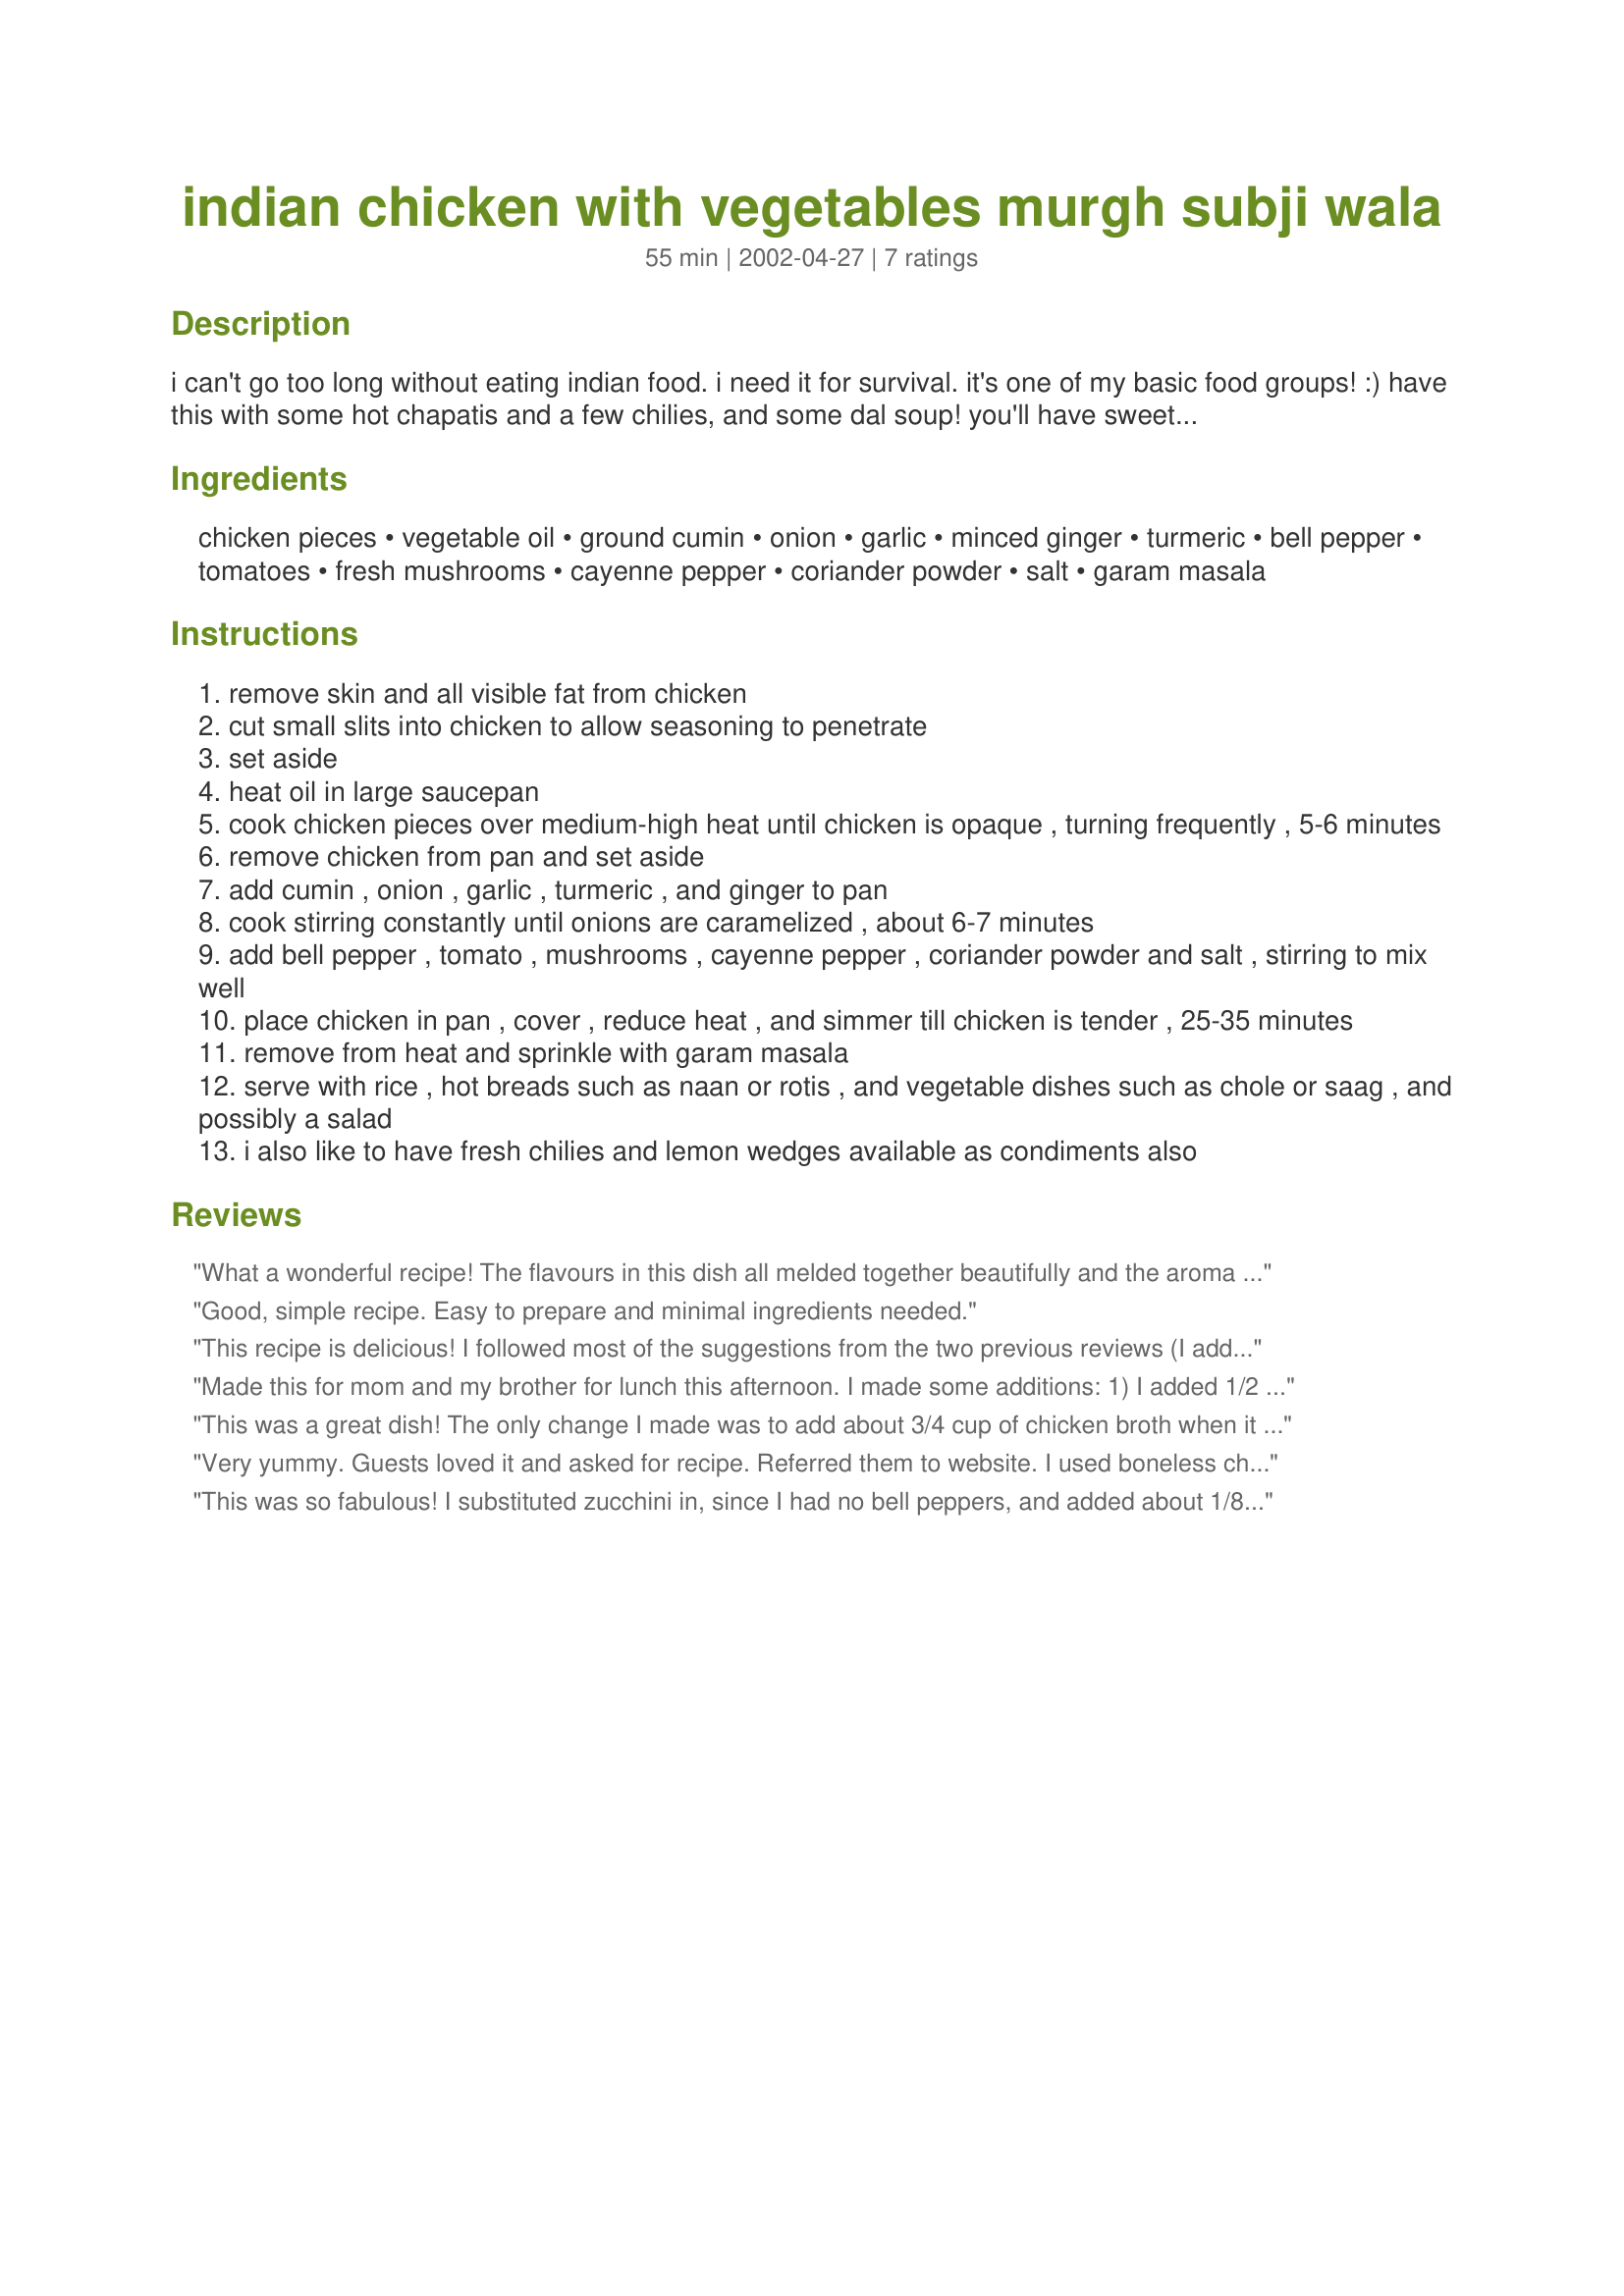
indian chicken with vegetables murgh subji wala
Preparation time: 55 minutes

i can't go too long without eating indian food. i need it for survival. it's one of my basic food groups! :) have this with some hot chapatis and a few chilies, and some dal soup! you'll have sweet dreams that night.

Ingredients:
chicken pieces, vegetable oil, ground cumin, onion, garlic, minced ginger, turmeric, bell pepper, tomatoes, fresh mushrooms, cayenne pepper, coriander powder, salt, garam masala

Steps:
remove skin and all visible fat from chicken
cut small slits into chicken to allow seasoning to penetrate
set aside
heat oil in large saucepan
cook chicken pieces over medium-high heat until chicken is opaque , turning frequently , 5-6 minutes
remove chicken from pan and set aside
add cumin , onion , garlic , turmeric , and ginger to pan
cook stirring constantly until onions are caramelized , about 6-7 minutes
add bell pepper , tomato , mushrooms , cayenne pepper , coriander powder and salt , stirring to mix well
place chicken in pan , cover , reduce heat , and simmer till chicken is tender , 25-35 minutes
remove from heat and sprinkle with garam masala
serve with rice , hot breads such as naan or rotis , and vegetable dishes such as chole or saag , and possibly a salad
i also like to have fresh chilies and lemon wedges available as condiments also

Reviews:
What a wonderful recipe! The flavours in this dish all melded together beautifully and the aroma is intoxicating.The only thing I did differently was to sprinkle the garam masala in with the other spices and add some chicken broth to make it more saucey.This was thoroughly enjoyed by everyone at the table and two of my guests even asked for the recipe.
Good, simple recipe. Easy to prepare and minimal ingredients needed.
This recipe is delicious! I followed most of the suggestions from the two previous reviews (I added 1/2 tsp more tumeric powder, 1 more tomato, as well as the chili powder. I browned the chicken in step #2 and yes, it did stick to the pan but so what! I added water in step 6 so all the stuff that stuck to the pan came off and blended with the veggies. Oh, and I also added the garam marsala with the other spices in step #5.) Next time I will double the onions, peppers, mushrooms and tomatoes bec most of the wonderful flavor of the spices could be tasted in the vegetables, not the chicken. Truly this is an extremely flavorful dish and I really can't wait to try it again. Thanks so much Sue L!
Made this for mom and my brother for lunch this afternoon. I made some additions: 1) I added 1/2 tsp. more of turmeric powder, 2) 1 more tomato, 3) Substituted the cayenne pepper with 1/4 tsp. black pepper as I didn't have the former at hand, 4) Used 1/2 a tsp. more of salt. Additionally, I used 1 1/2 tsp. red chilli powder, 2 cups water to cook the chickeni.e. I added in the chicken in step number 6( I did not do the step 1 of this recipe, because when I put in 4 small pieces of chicken to cook, they just got stuck to the skillet and I had to start all over again in another skillet). Also, I added the garam masala powder in step 5 with the other masala powders. I allowed the chicken to cook along with the veggies on medium-high flame for 25-30 minutes, stirring every 5 minutes. The gravy tasted wonderful I was told! I garnished the dish with lots of chopped corriander leaves. Mom and brother liked it, Thanks Sue!
This was a great dish! The only change I made was to add about 3/4 cup of chicken broth when it was simmering, just to give it a bit more suace. Next time I may add a bit more cayenne pepper since we like things on the spicey side. I served this with rice and nan bread! I'll certainly be making this again. Thanks for sharing!
Very yummy. Guests loved it and asked for recipe. Referred them to website. I used boneless chicken breasts and thighs. I think it is good to take the chicken pieces out and serve vegies separately.
This was so fabulous! I substituted zucchini in, since I had no bell peppers, and added about 1/8 cup of boiling water when the chicken was re-added to the pan to keep it from sticking. Will definitely make again!
